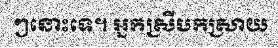
ៗនោះទេ។ អ្នកស្រីបកស្រាយ